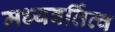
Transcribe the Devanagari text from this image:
मध्यवर्तित्व